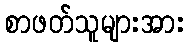
စာဖတ်သူများအား